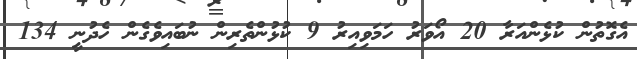
އެގޮތުން ކުޅެންއަރާ 20 އޯވަރު ހަމަވިއިރު 9 ކުޅުންތެރިން ނުބައިވެގެން ހެދުނީ 134